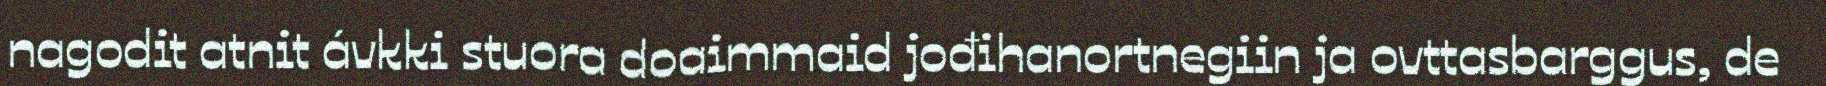
nagodit atnit ávkki stuora doaimmaid jođihanortnegiin ja ovttasbarggus, de